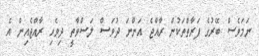
ނަމަވެސް ބޭރުގެ ފަރާތްތަކުން ރާއްޖެ އަންނަ ދުވަސް ލަސްވާތީ ދިވެހި ރާއްޖެއިން އެ